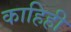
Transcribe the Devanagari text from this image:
काहिही